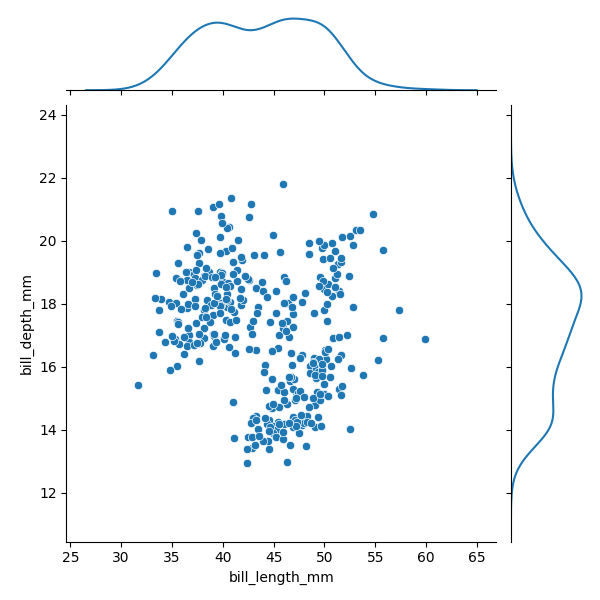
python, seaborn, JointGrid, scatterplot, kdeplot